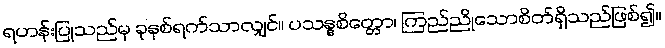
ရဟန်းပြုသည်မှ ခုနစ်ရက်သာလျှင်။ ပသန္နစိတ္တော၊ ကြည်ညိုသောစိတ်ရှိသည်ဖြစ်၍။